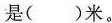
是( )米。